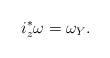
LaTeX: \begin{align*}i_z^*\omega=\omega_Y.\end{align*}